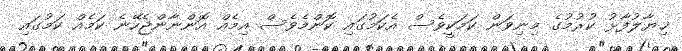
ޚިޔާލުފާޅު ކުރުމުގެ މިނިވަން ކަމަކީވެސް އެކަމުގައި ކޮންމެވެސް އިމެއް އޮންނާންޖެހޭނެ ކަމެއް ކަމުގައި